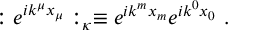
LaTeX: : e ^ { i k ^ { \mu } x _ { \mu } } : _ { \kappa } \equiv e ^ { i k ^ { m } x _ { m } } e ^ { i k ^ { 0 } x _ { 0 } } ~ .